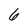
Character: 6